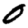
Digit: 0